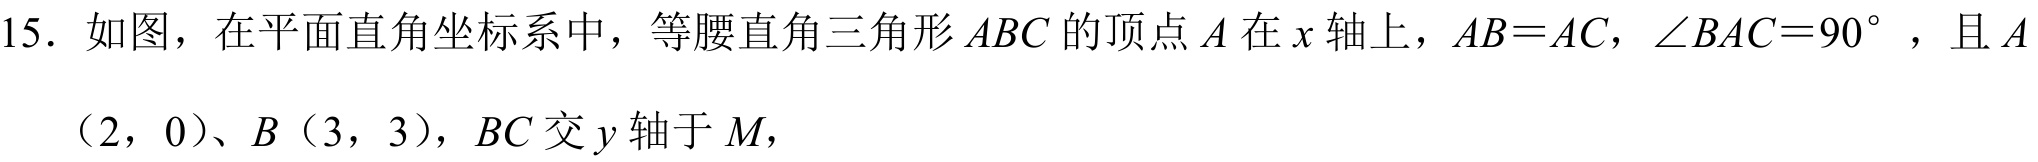
15. 如图，在平面直角坐标系中，等腰直角三角形 \(ABC\) 的顶点 \(A\) 在 \(x\) 轴上，\(AB = AC\)，\(\angle BAC = 90^{\circ}\) ，且 \(A(2,0)\)、\(B(3,3)\)，\(BC\) 交 \(y\) 轴于 \(M\)，